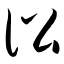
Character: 讼